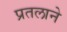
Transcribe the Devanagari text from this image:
प्रतलाने